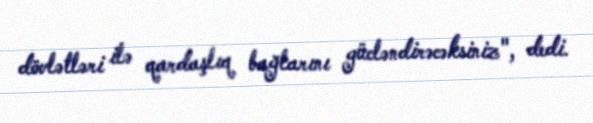
dövlətləri ilə qardaşlıq bağlarını gücləndirəcəksiniz", dedi.